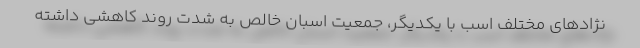
نژادهای مختلف اسب با یکدیگر، جمعیت اسبان خالص به شدت روند کاهشی داشته